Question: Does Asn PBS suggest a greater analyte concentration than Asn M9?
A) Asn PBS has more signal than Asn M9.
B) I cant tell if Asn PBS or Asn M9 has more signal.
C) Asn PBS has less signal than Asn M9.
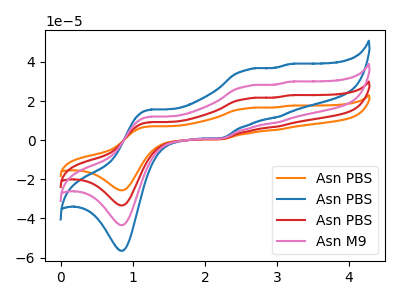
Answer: <think>The orange curve "Asn PBS" has anodic peaks at (1.25V, 35.90uA) (2.60V, 83.00uA) (3.00V, 27.15uA) (3.15V, 89.45uA) and cathodic peaks at (0.85V, -130.15uA) (2.25V, 2.45uA). The blue curve "Asn PBS" has anodic peaks at (1.25V, 15.60uA) (2.60V, 36.05uA) (3.00V, 11.80uA) (3.15V, 38.85uA) and cathodic peaks at (0.85V, -56.50uA) (2.25V, 1.05uA). The red curve "Asn PBS" has anodic peaks at (1.25V, 23.95uA) (2.60V, 55.35uA) (3.00V, 18.10uA) (3.15V, 59.65uA) and cathodic peaks at (0.85V, -86.75uA) (2.25V, 1.65uA). The pink curve "Asn M9" has anodic peaks at (1.25V, 11.95uA) (2.60V, 27.65uA) (3.00V, 9.05uA) (3.15V, 29.80uA) and cathodic peaks at (0.85V, -43.40uA) (2.25V, 0.80uA).
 All the peaks in "Asn PBS" have a peak in "Asn M9" at the same potential.</think>
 <answer>B) I cant tell if "Asn PBS" or "Asn M9" has more signal.</answer>
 <eval>B</eval>